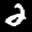
Label: 2